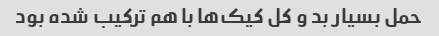
حمل بسیار بد و کل کیک‌ها با هم ترکیب شده بود